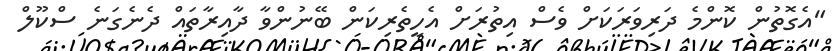
"އެގޮތުން ކޮންމެ ދަރިވަރަކަށް ވެސް އިތުރަށް އެހީތެރިކަން ބޭނުންވާ ދާއިރާތައް ދެނެގަނެ ސްކޫލް